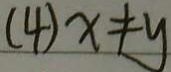
( 4 ) x \neq y